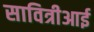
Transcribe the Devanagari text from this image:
सावित्रीआई